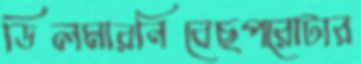
ডিলমারনিবেছপরোটার